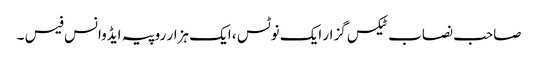
صاحب نصاب ٹیکس گزار ایک نوٹس ، ایک ہزار روپیہ ایڈوانس فیس ۔